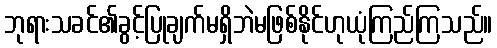
ဘုရားသခင်၏ခွင့်ပြုချက်မရှိဘဲမဖြစ်နိုင်ဟုယုံကြည်ကြသည်။